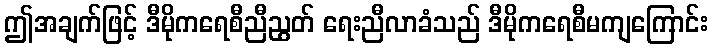
ဤအချက်ဖြင့် ဒီမိုကရေစီညီညွတ် ရေးညီလာခံသည် ဒီမိုကရေစီမကျကြောင်း